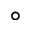
^ { \circ }